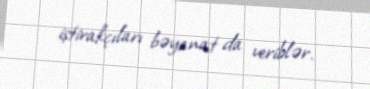
iştirakçıları bəyanat da veriblər.